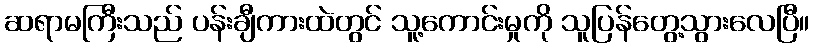
ဆရာမကြီးသည် ပန်းချီကားထဲတွင် သူ့ကောင်းမှုကို သူပြန်တွေ့သွားလေပြီ။